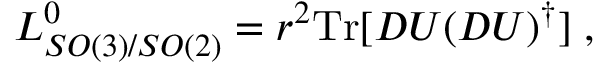
L _ { S O ( 3 ) / S O ( 2 ) } ^ { 0 } = { r } ^ { 2 } \mathrm { T r } [ D U ( D U ) ^ { \dagger } ] \; ,